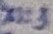
Text: X1:3